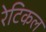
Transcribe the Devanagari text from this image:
रेटिकल